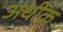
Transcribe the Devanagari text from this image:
अधीक्